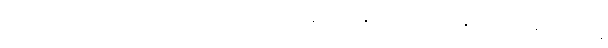
ပါဠိပါမောက္ခဖြစ်လာတဲ့ ဦးဖေမောင်တင်နဲ့ ရင်းနှီးခဲ့ရာက သူ့နှမ တီတီနဲ့ လုစ်တို့